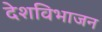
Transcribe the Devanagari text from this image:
देशविभाजन